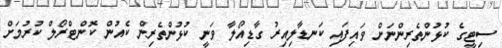
ސިޓީގެ ކުޅުންތެރިންނަށް ވައިފައި ކަނޑާލިއިރު ގާޑިއޯލާ ވަނީ ކުޅުންތެރިން ކެއުން ކޮންޓްރޯލް ކުރުމަށް